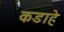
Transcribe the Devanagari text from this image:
कडाहे